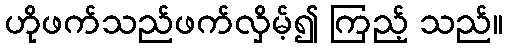
ဟိုဖက်သည်ဖက်လှိမ့်၍ ကြည့် သည်။